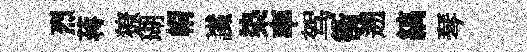
烈蒋獠瑚㡌䜟𣑱率驾衝遡縞琴